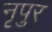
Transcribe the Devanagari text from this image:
नृपुर